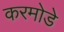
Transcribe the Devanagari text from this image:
करमोडे